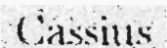
Cassius